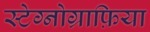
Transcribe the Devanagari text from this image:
स्टेग्नोग्राफ़िया